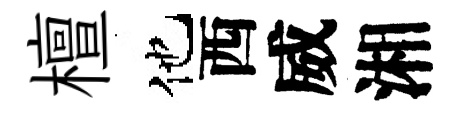
檀他西威湘